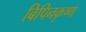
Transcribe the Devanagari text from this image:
बिपिनकृष्ण